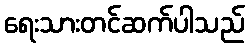
ရေးသားတင်ဆက်ပါသည်